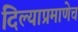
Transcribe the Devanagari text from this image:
दिल्याप्रमाणेच